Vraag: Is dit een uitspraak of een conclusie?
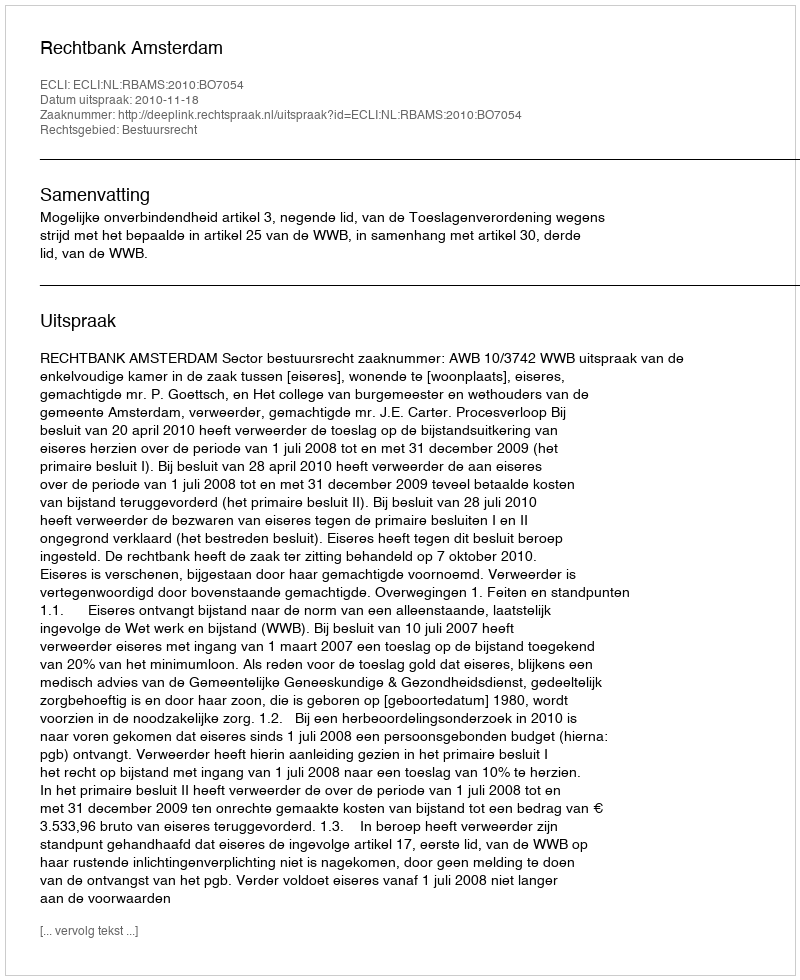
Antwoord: Uitspraak